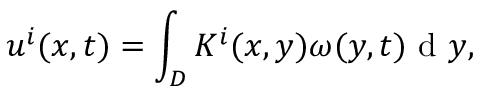
u ^ { i } ( x , t ) = \int _ { D } K ^ { i } ( x , y ) \omega ( y , t ) \textrm { d } y ,